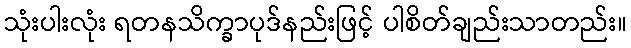
သုံးပါးလုံး ရတနသိက္ခာပုဒ်နည်းဖြင့် ပါစိတ်ချည်းသာတည်း။